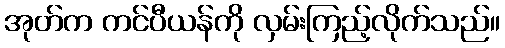
အုတ်က ကင်ပီယန်ကို လှမ်းကြည့်လိုက်သည်။